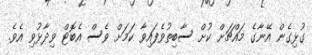
ގުޅިގެން އޭނާގެ މައްޗަށް ކުށް ސާބިތުވެފައިވާ ކަމަށް ވެސް އެބޮޓް ވިދާޅުވި އެވެ.